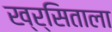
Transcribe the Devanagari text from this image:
ख्र्सिताला